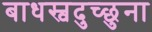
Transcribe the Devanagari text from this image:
बाधस्वदुच्छुना